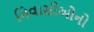
નિવાસીઓનો